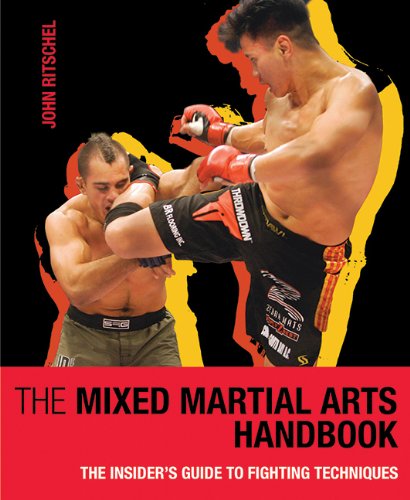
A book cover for The Mixed Martial Arts Handbook: The Insider's Guide to Fighting Techniques; John Ritschel; Sports & Outdoors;